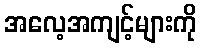
အလေ့အကျင့်များကို